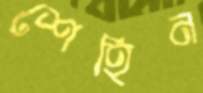
শেহিন